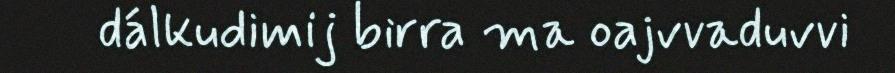
dálkudimij birra ma oajvvaduvvi